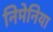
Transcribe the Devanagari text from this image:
निमेनिया